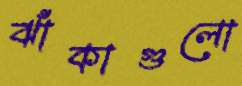
ঝাঁকাগুলো